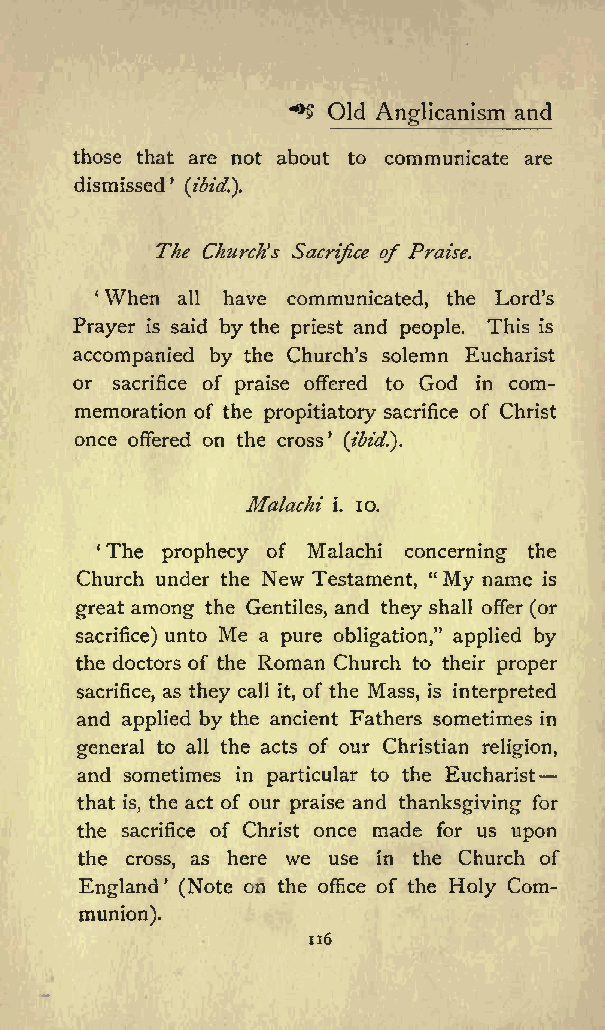
** Old         and
 Anglicanism
 those that are not about to communicate are
 dismissed
 (ibid.}.
 The Churchs Sacrifice of Praise.
 When all have communicated, the Lord s
 Prayer is said by the priest and people. This is
 accompanied by the Churchs solemn Eucharist
 or sacrifice of praise offered to God in com
 memoration of the propitiatory sacrifice of Christ
 once offered on the cross
 (ibid.*).
 Malachi i. 10.
 1The prophecy of Malachi concerning the
 Church under the New Testament, &quot; My name is
 great among the Gentiles, and they shall offer (or
 sacrifice) unto Me a pure obligation,&quot; applied by
 the doctors of the Roman Church to their proper
 sacrifice, as they call it, of the Mass, is interpreted
 and applied by the ancient Fathers sometimes in
 general to all the acts of our Christian religion,
 and sometimes in particular to the Eucharist
 that is, the act of our praise and thanksgiving for
 the sacrifice of Christ once made for us upon
 the cross, as here we use in the Church of
 England (Note on the office of the Holy Com
 munion).
 116